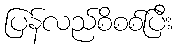
ပြန်လည်စိစစ်ပြီး